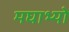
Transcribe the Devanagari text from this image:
मघाभ्यो